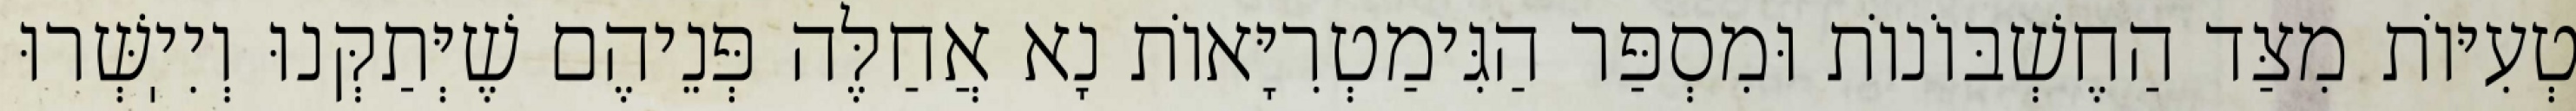
טְעִיּוֹת מִצַּד הַחֶשְׁבּוֹנוֹת וּמִסְפַּר הַגִּימַטְרִיָּאוֹת נָא אֲחַלֶּה פְּנֵיהֶם שֶׁיְּתַקְּנוּ וְיִיֽשְּׁרוּ